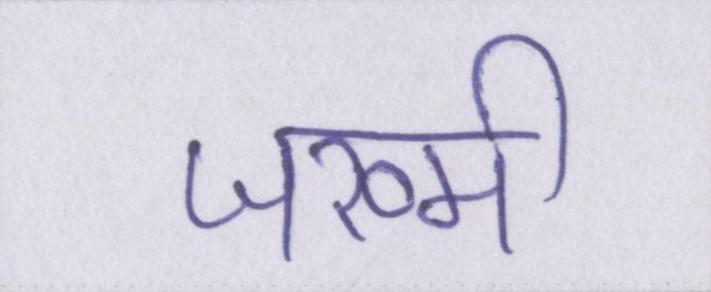
जख्मी